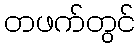
တဖက်တွင်